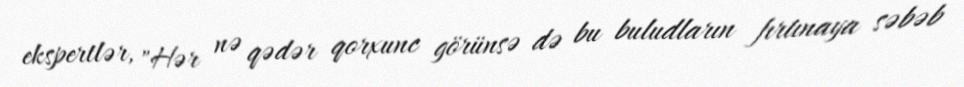
ekspertlər, "Hər nə qədər qorxunc görünsə də bu buludların fırtınaya səbəb